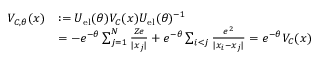
\begin{array} { r l } { V _ { C , \theta } ( x ) } & { : = U _ { \mathrm { e l } } ( \theta ) V _ { C } ( x ) U _ { \mathrm { e l } } ( \theta ) ^ { - 1 } } \\ & { = - e ^ { - \theta } \sum _ { j = 1 } ^ { N } \frac { Z e } { | x _ { j } | } + e ^ { - \theta } \sum _ { i < j } \frac { e ^ { 2 } } { | x _ { i } - x _ { j } | } = e ^ { - \theta } V _ { C } ( x ) } \end{array}